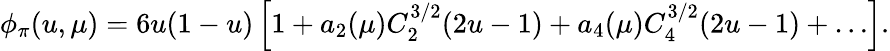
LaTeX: \phi_{\pi}(u,\mu)=6u(1-u)\left[1+a_{2}(\mu)C_{2}^{3/2}(2u-1)+a_{4}(\mu)C_{4}^{3/2}(2u-1)+\ldots\right].